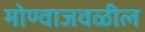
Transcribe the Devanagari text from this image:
मोण्वाजवळील